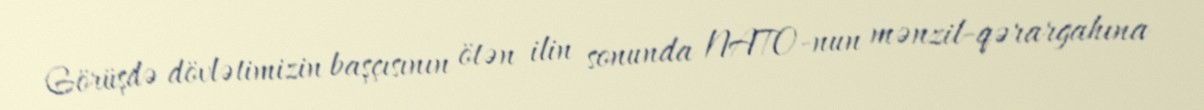
Görüşdə dövlətimizin başçısının ötən ilin sonunda NATO-nun mənzil-qərargahına